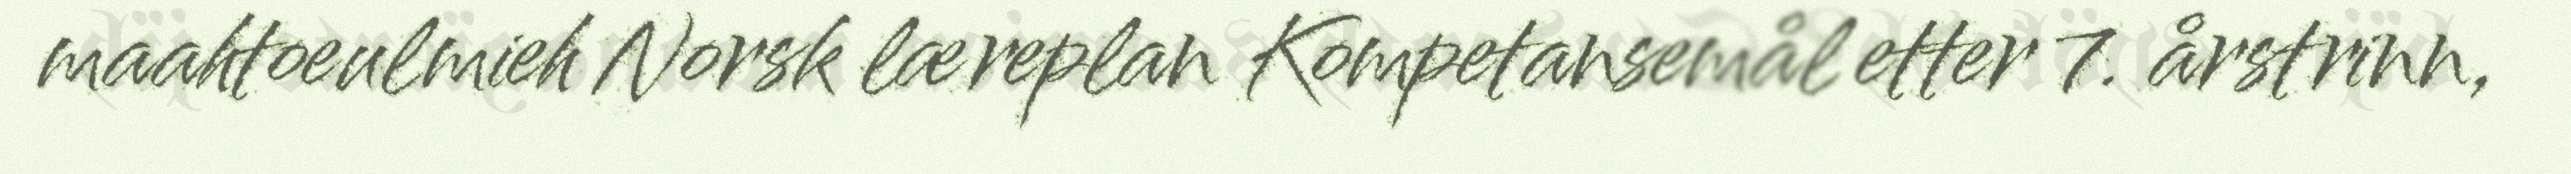
maahtoeulmieh Norsk læreplan Kompetansemål etter 7. årstrinn,